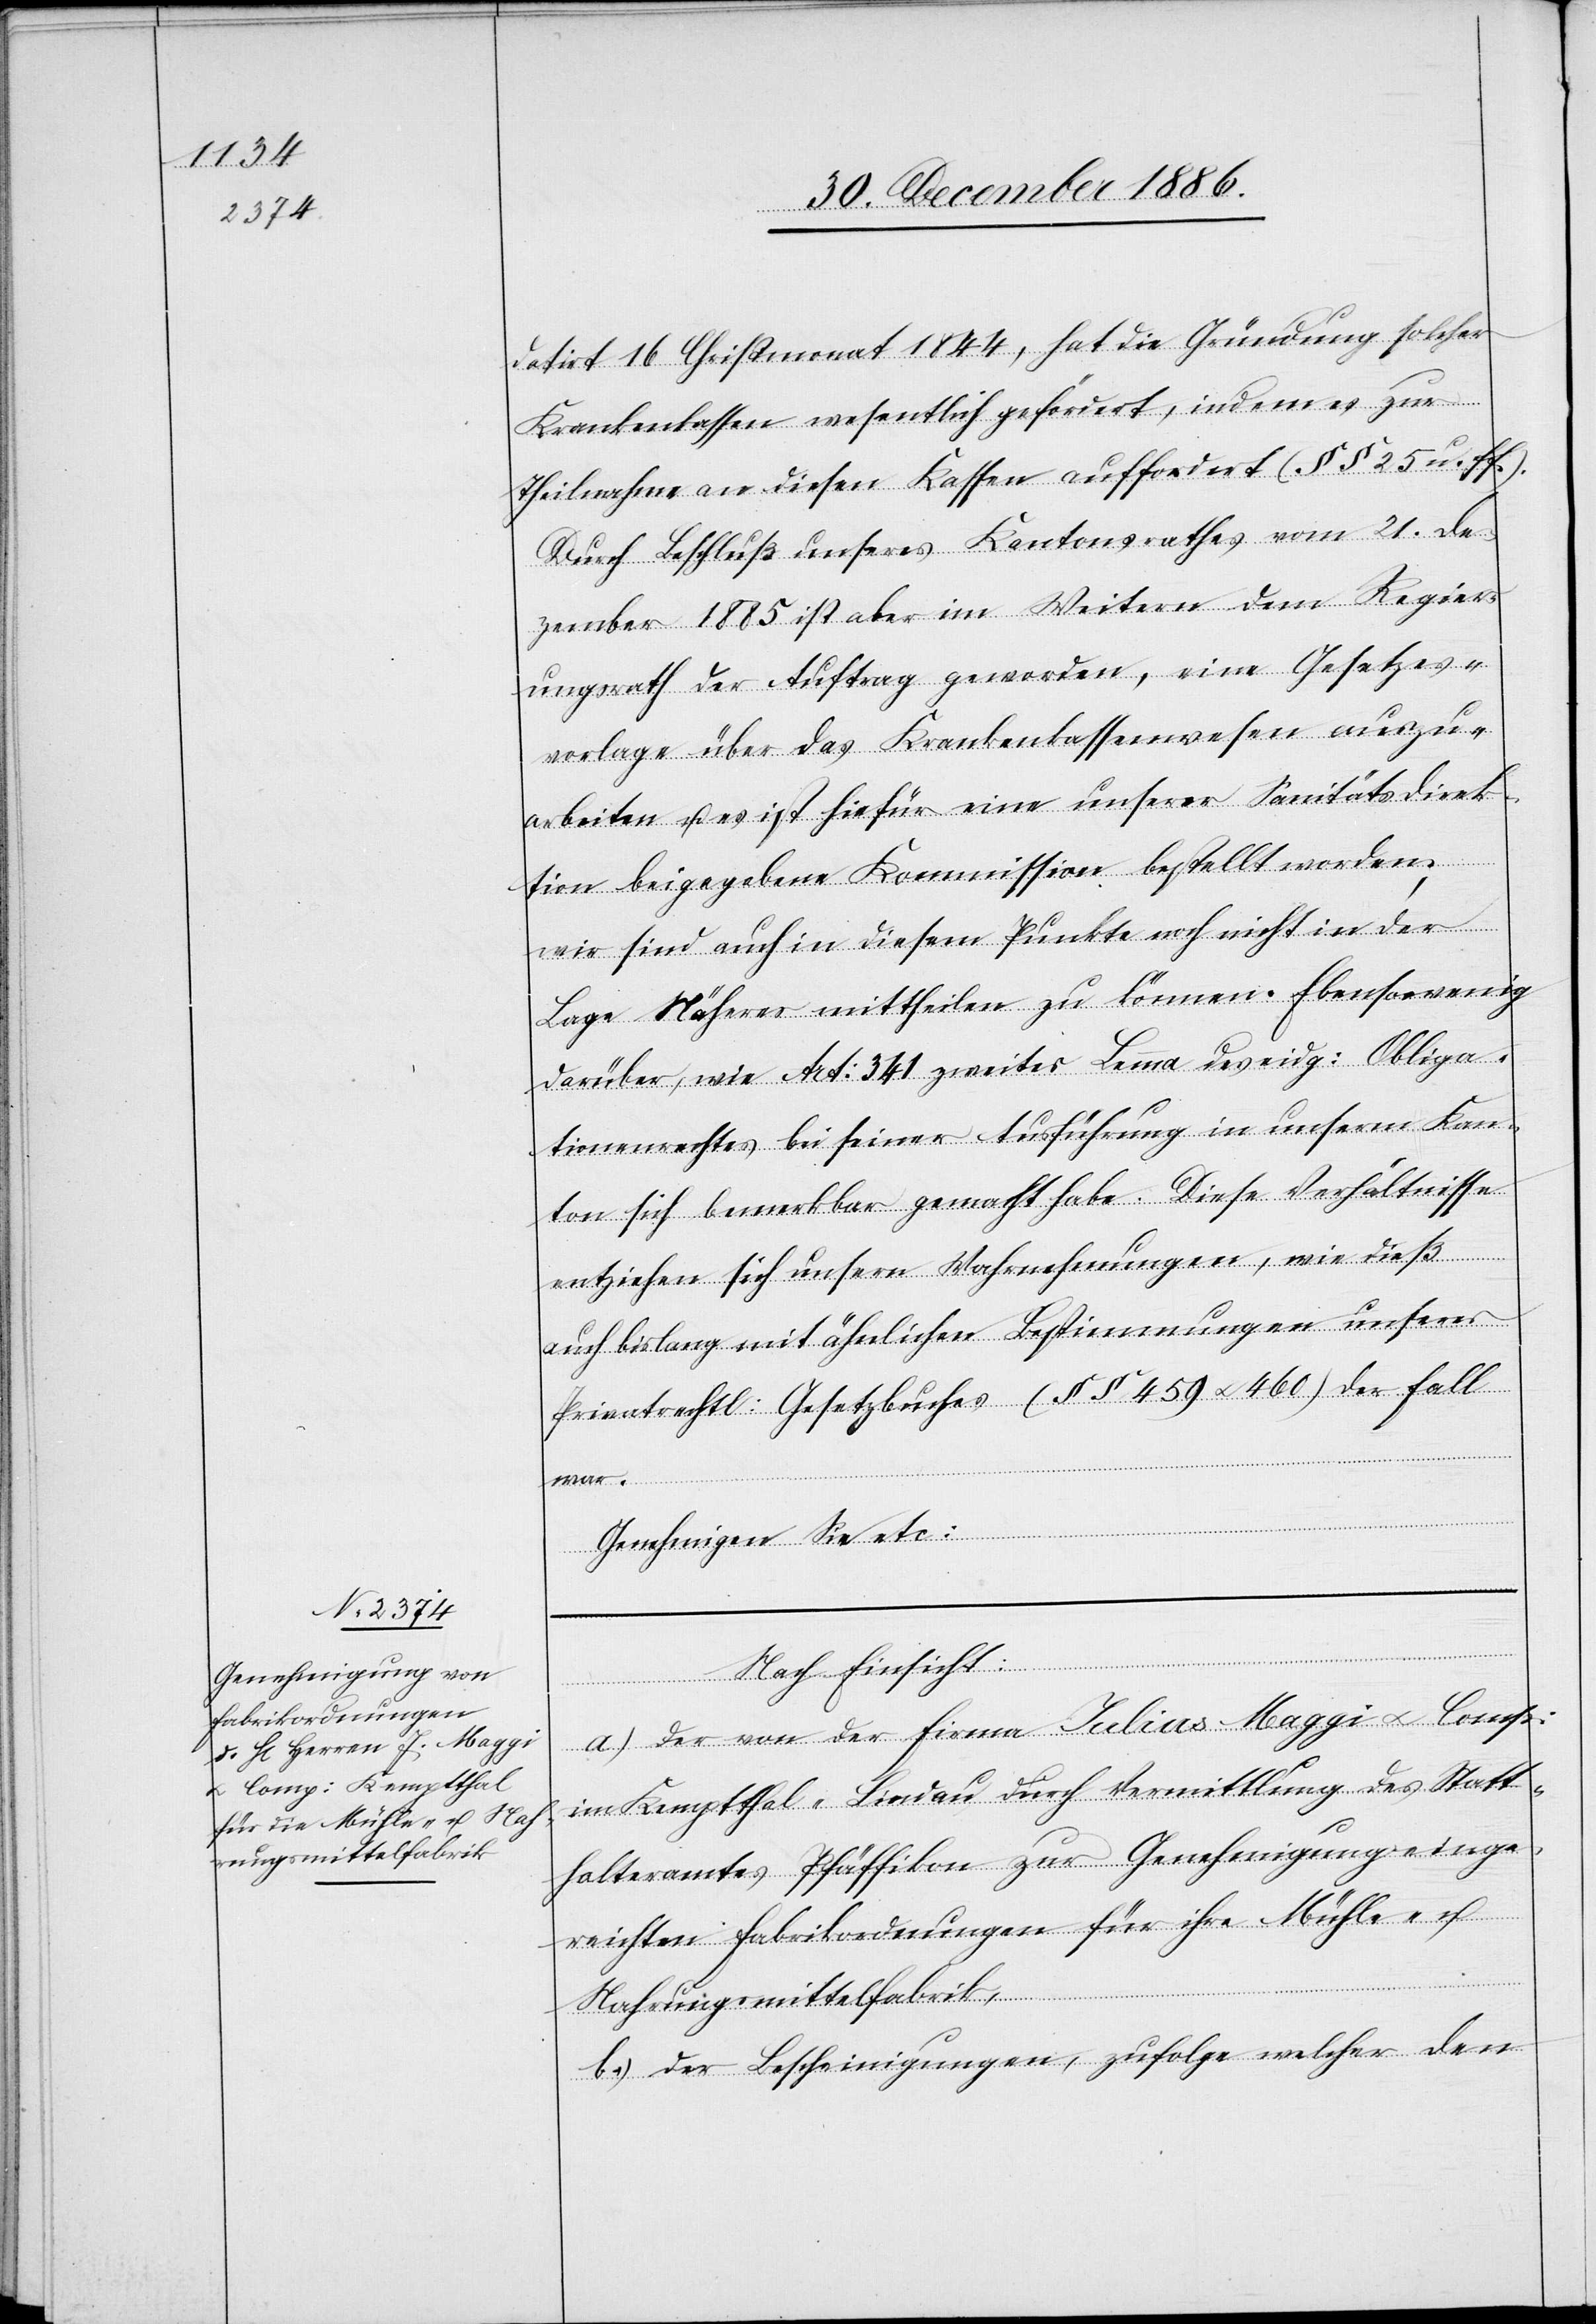
datirt 16. Christmonat 1844, hat die Gründung solcher
Krankenkassen wesentlich gefördert, indem es zur
Theilnahme an diesen Kassen auffordert (§§ 25 u. ff.).
Durch Beschluß unseres Kantonsrathes vom 21. De¬
zember 1885 ist aber im Weitern dem Regier¬
ungsrath der Auftrag geworden, eine Gesetzes¬
vorlage über das Krankenkassenwesen auszu¬
arbeiten u. es ist hiefür eine unserer Sanitätsdirek¬
tion beigegebene Kommission bestellt worden;
wir sind auch in diesem Punkte noch nicht in der
Lage Näheres mittheilen zu können. Ebensowenig
darüber, wie Art: 341 zweites Lemma des eidg: Obliga¬
tionenrechtes bei seiner Ausführung in unserm Kan¬
ton sich bemerkbar gemacht habe. Diese Verhältnisse
entziehen sich unsern Wahrnehmungen, wie dieß
auch bislang mit ähnlichen Bestimmungen unseres
privatrechtl: Gesetzbuches (§§ 459 & 460) der Fall
war.
Genehmigen Sie etc:
Nach Einsicht:
a.) der von der Firma Julius Maggi & Comp:
im Kemptthal - Lindau durch Vermittlung des Statt¬
halteramtes Pfäffikon zur Genehmigung einge¬
reichten Fabrikordnungen für ihre Mühle- u.
Nahrungsmittelfabrik,
b.) der Bescheinigungen, zufolge welcher den